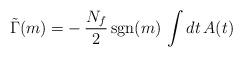
LaTeX: \begin{align*}\tilde\Gamma(m)=-\,\frac{N_f}{2}\,{\rm sgn}(m)\,\int dt\,A(t)\end{align*}